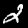
Digit: 2